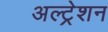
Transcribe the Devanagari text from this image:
अल्ट्रेशन